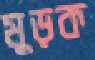
মুড়ক